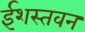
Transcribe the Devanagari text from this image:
ईशस्तवन